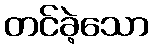
တင်ခဲ့သော